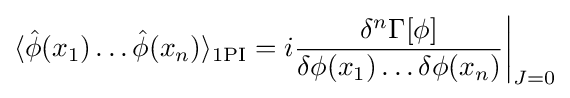
\langle {\hat {\phi }}(x_{1})\dots {\hat {\phi }}(x_{n})\rangle _{\mathrm {1PI} }=i{\frac {\delta ^{n}\Gamma [\phi ]}{\delta \phi (x_{1})\dots \delta \phi (x_{n})}}{\bigg |}_{J=0}